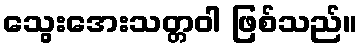
သွေးအေးသတ္တဝါ ဖြစ်သည်။